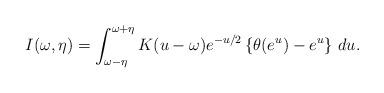
LaTeX: \begin{align*}I(\omega, \eta) = \int_{\omega - \eta}^{\omega + \eta} K(u - \omega) e^{-u/2} \left\{ \theta(e^{u}) - e^{u}\right\} \, du.\end{align*}